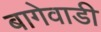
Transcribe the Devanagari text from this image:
बागेवाडी